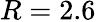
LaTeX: R=2.6